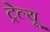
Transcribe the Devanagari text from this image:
ट्रेल्यू